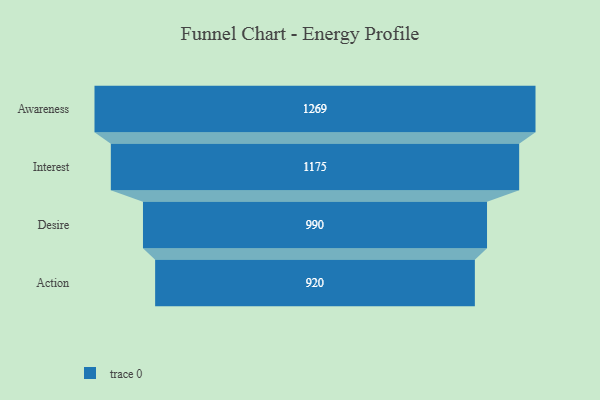
{"axis": {"x": "Stage", "y": "Value"}, "legend": [""], "data": [{"x": "Awareness", "y": 1269.0, "type": ""}, {"x": "Interest", "y": 1175.0, "type": ""}, {"x": "Desire", "y": 990.0, "type": ""}, {"x": "Action", "y": 920.0, "type": ""}]}